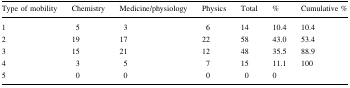
<table><thead><tr><td><b>Type of mobility</b></td><td><b>Chemistry</b></td><td><b>Medicine/physiology</b></td><td><b>Physics</b></td><td><b>Total</b></td><td><b>%</b></td><td><b>Cumulative %</b></td></tr></thead><tbody><tr><td>1</td><td>5</td><td>3</td><td>6</td><td>14</td><td>10.4</td><td>10.4</td></tr><tr><td>2</td><td>19</td><td>17</td><td>22</td><td>58</td><td>43.0</td><td>53.4</td></tr><tr><td>3</td><td>15</td><td>21</td><td>12</td><td>48</td><td>35.5</td><td>88.9</td></tr><tr><td>4</td><td>3</td><td>5</td><td>7</td><td>15</td><td>11.1</td><td>100</td></tr><tr><td>5</td><td>0</td><td>0</td><td>0</td><td>0</td><td>0</td><td></td></tr></tbody></table>